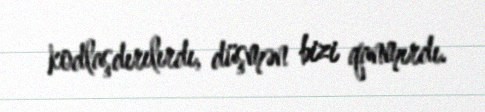
kodlaşdırılırdı, düşmən bizi qanmırdı.